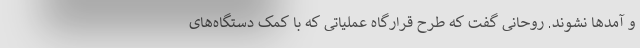
و آمدها نشوند. روحانی گفت که طرح قرارگاه عملیاتی که با کمک دستگاه‌های